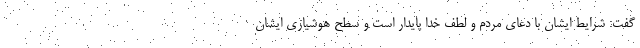
گفت: شرایط ایشان با دعای مردم و لطف خدا پایدار است و سطح هوشیاری ایشان